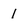
Character: 1